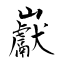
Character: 巚